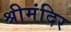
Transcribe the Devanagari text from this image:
श्रीमंदिर